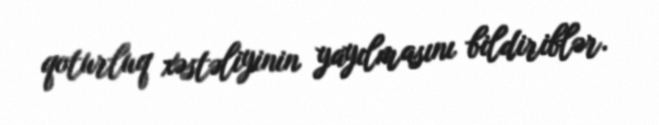
qoturluq xəstəliyinin yayılmasını bildiriblər.